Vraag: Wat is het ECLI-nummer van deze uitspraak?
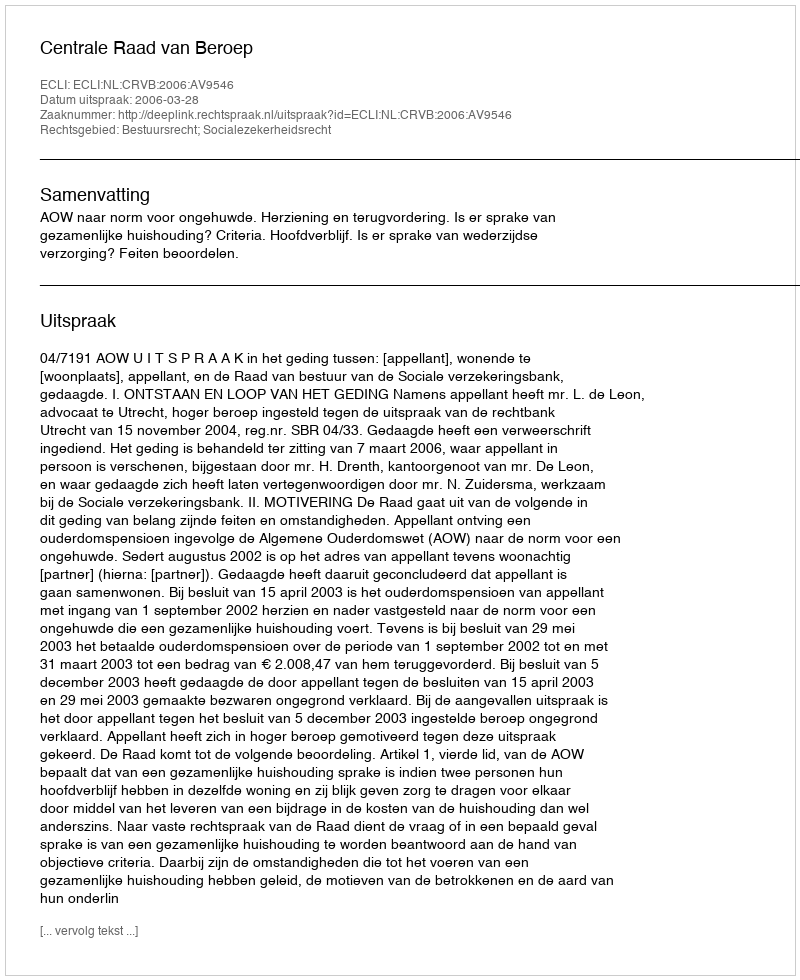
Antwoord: ECLI:NL:CRVB:2006:AV9546